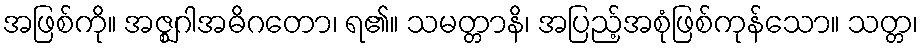
အဖြစ်ကို။ အဇ္ဈဂါအဓိဂတော၊ ရ၏။ သမတ္တာနိ၊ အပြည့်အစုံဖြစ်ကုန်သော။ သတ္တ၊